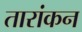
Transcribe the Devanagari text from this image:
तारांकन